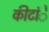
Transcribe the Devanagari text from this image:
कीटांे